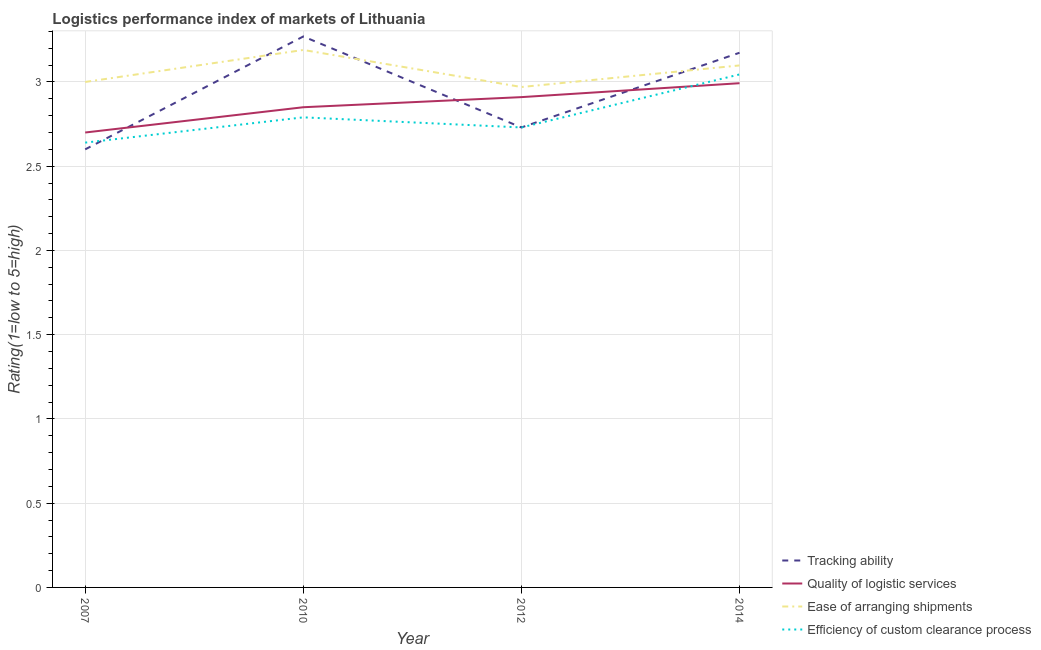
| Year | Tracking ability | Quality of logistic services | Ease of arranging shipments | Efficiency of custom clearance process |
 | --- | --- | --- | --- | --- |
 | 2007 | 2.6 | 2.7 | 3 | 2.64 |
 | 2010 | 3.27 | 2.85 | 3.19 | 2.79 |
 | 2012 | 2.73 | 2.91 | 2.97 | 2.73 |
 | 2014 | 3.17 | 2.99 | 3.1 | 3.04 |